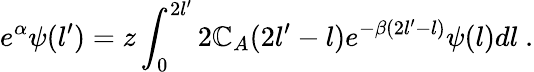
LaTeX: e^{\alpha}\psi(l^{\prime})=z\int_{0}^{2l^{\prime}}2\mathbb{C}_{A}(2l^{\prime}-l)e^{-\beta(2l^{\prime}-l)}\psi(l)dl\ .